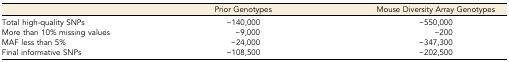
<table><thead><tr><td></td><td><b>Prior Genotypes</b></td><td><b>Mouse Diversity Array Genotypes</b></td></tr></thead><tbody><tr><td>Total high-quality SNPs</td><td>∼140,000</td><td>∼550,000</td></tr><tr><td>More than 10% missing values</td><td>∼9,000</td><td>∼200</td></tr><tr><td>MAF less than 5%</td><td>∼24,000</td><td>∼347,300</td></tr><tr><td>Final informative SNPs</td><td>∼108,500</td><td>∼202,500</td></tr></tbody></table>